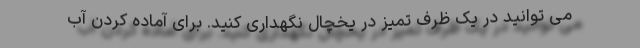
می توانید در یک ظرف تمیز در یخچال نگهداری کنید. برای آماده کردن آب